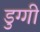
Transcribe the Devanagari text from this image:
डुग्गी